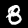
Label: 8